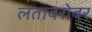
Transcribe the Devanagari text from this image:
लताबरोबर